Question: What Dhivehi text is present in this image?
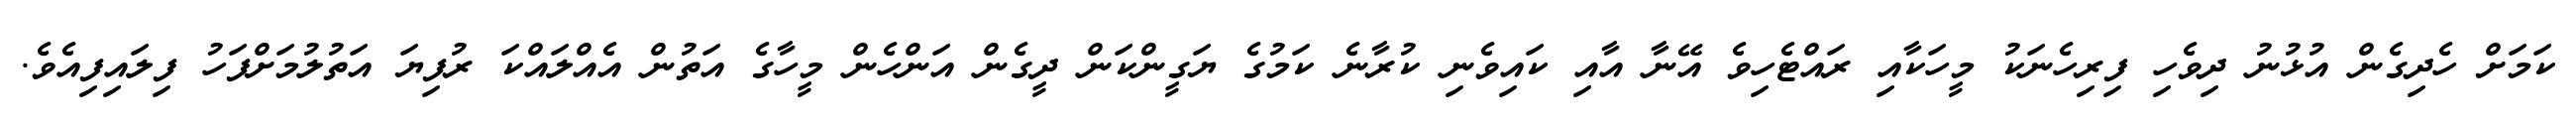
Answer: ކަމަށް ހެދިގެން އުޅުނު ދިވެހި ފިރިހެނަކު މީހަކާއި ރައްޓެހިވެ އޭނާ އާއި ކައިވެނި ކުރާނެ ކަމުގެ ޔަގީންކަން ދީގެން އަންހެން މީހާގެ އަތުން އެއްލައްކަ ރުފިޔަ އަތުލުމަށްފަހު ފިލައިފިއެވެ.